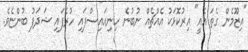
"އިޒޫމެން ގެތަ އެއީ" އިރުކޮޅަކު އެއްޗެއް ނުބުނެ ހިނިއައިސްފައި ހުރެފައި ޝަދަފު ބުންޏެވެ.